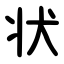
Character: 状